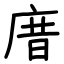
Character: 庴